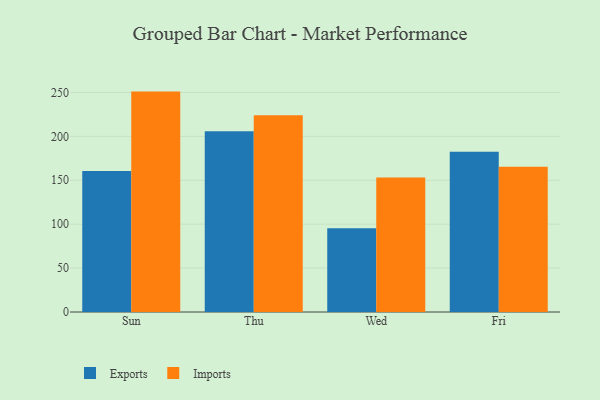
{"axis": {"x": "Day", "y": "Demand Index"}, "legend": ["Exports", "Imports"], "data": [{"x": "Sun", "y": 160.6, "type": "Exports"}, {"x": "Sun", "y": 251.0, "type": "Imports"}, {"x": "Thu", "y": 205.9, "type": "Exports"}, {"x": "Thu", "y": 224.2, "type": "Imports"}, {"x": "Wed", "y": 95.4, "type": "Exports"}, {"x": "Wed", "y": 153.2, "type": "Imports"}, {"x": "Fri", "y": 182.6, "type": "Exports"}, {"x": "Fri", "y": 165.4, "type": "Imports"}]}